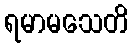
ရမာမသေတိ